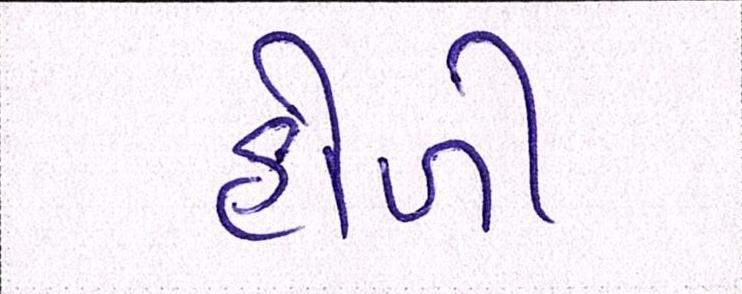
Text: હોળી